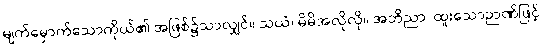
မျက်မှောက်သောကိုယ်၏ အဖြစ်၌သာလျှင်။ သယံ၊ မိမိအလိုလို။ အဘိညာ၊ ထူးသောဉာဏ်ဖြင့်